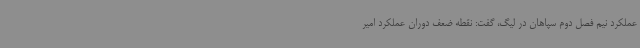
عملکرد نیم فصل دوم سپاهان در لیگ، گفت: نقطه ضعف دوران عملکرد امیر